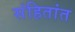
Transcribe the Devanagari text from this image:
संहितांत